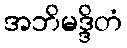
အဘိမဒ္ဒိတံ